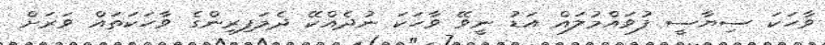
ވާހަކަ ސިޔާސީ ފުވައްމުލައް އަޑު ނީވޭ ވާހަކަ ނުދެއްކޭ ދެމަފިރިންގެ ވާހަކަތައް ވަރަށް